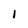
Character: I